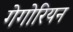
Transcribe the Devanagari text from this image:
गेगोरियन